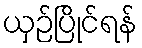
ယှဉ်ပြိုင်ရန်